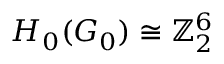
H _ { 0 } ( G _ { 0 } ) \cong \mathbb Z _ { 2 } ^ { 6 }